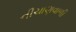
નીચાણવાળી